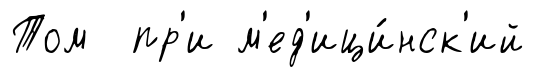
Том пр'и м'ед'ици́нск'ий